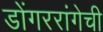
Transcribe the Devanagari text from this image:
डोंगररांगेची